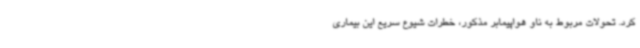
کرد. تحولات مربوط به ناو هواپیمابر مذکور، خطرات شیوع سریع این بیماری